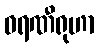
ဓရဏီရုဟာ